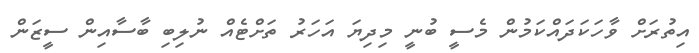
އިތުރަށް ވާހަކަދައްކަމުން މެސީ ބުނީ މިދިޔަ އަހަރު ތަށްޓެއް ނުލިބި ބާސާއިން ސީޒަން